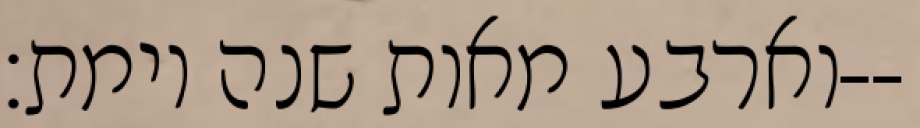
וארבע מאות שנה וימת׃--